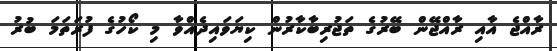
ރާއްޖެ އާއި ރާއްޖޭން ބޭރުގެ ތަޖުރިބާކާރުން ކިޔަވައިދެއްވާ މި ކޯހުގެ ފުރަތަމަ ބުރު